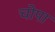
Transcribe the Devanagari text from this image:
चोपा